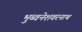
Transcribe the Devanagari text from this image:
भुब्वनेशवरनाथ